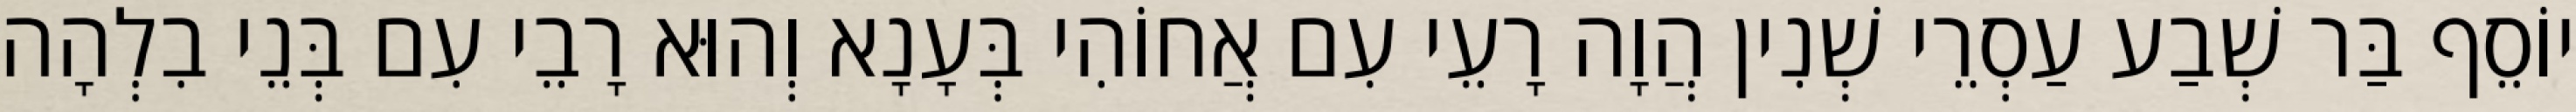
יוֹסֵף בַּר שְׁבַע עַסְרֵי שְׁנִין הֲוָה רָעֵי עִם אֲחוֹהִי בְּעָנָא וְהוּא רָבֵי עִם בְּנֵי בִלְהָה